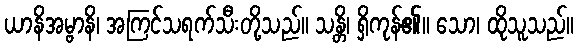
ယာနိအမ္ဗာနိ၊ အကြင်သရက်သီးတို့သည်။ သန္တိ၊ ရှိကုန်၏။ သော၊ ထိုသူသည်။